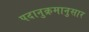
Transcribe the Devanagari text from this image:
पदानुक्रमानुसार